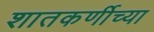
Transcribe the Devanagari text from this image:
शातकर्णीच्या